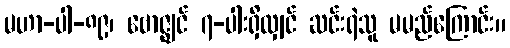
မဟာ-ပါ-၈၉၊ ဗောဇ္ဈင် ၇-ပါးရှိလျှင် ဆင်းရဲသူ မမည်ကြောင်း။